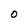
Character: O